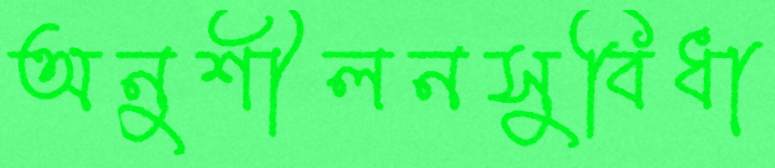
অনুশীলনসুবিধা